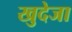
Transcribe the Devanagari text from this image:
खुदेजा